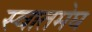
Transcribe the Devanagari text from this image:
स्वातमेघ